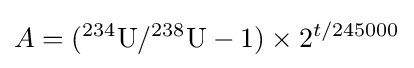
A=(^{234}{\text{U}}/^{238}{\text{U}}-1)\times 2^{t/245000}